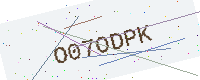
Text: O07ODPK